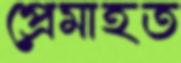
প্রেমাহত